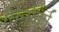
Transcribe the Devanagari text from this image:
मिनोर्का